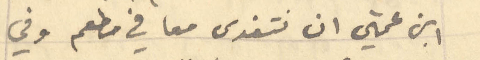
ابن عمتي ان نتغدى معا في مطعم وفي